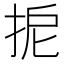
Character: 𢬉